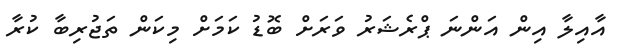
އާއިލާ އިން އަންނަ ޕްރެޝަރު ވަރަށް ބޮޑު ކަމަށް މިކަން ތަޖުރިބާ ކުރާ